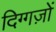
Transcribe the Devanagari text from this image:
दिग्गज़ों